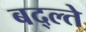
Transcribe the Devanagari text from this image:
बद्ल्ते